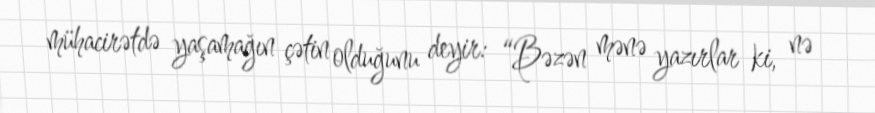
mühacirətdə yaşamağın çətin olduğunu deyir: “Bəzən mənə yazırlar ki, nə